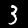
Label: 3